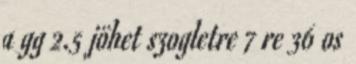
a gg 2.5 jöhet szogletre 7 re 36 os